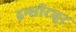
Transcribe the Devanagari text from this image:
इन्सीट्युट